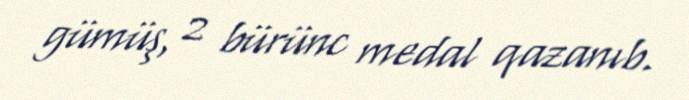
gümüş, 2 bürünc medal qazanıb.